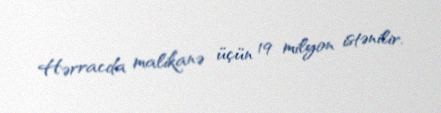
Hərracda malikanə üçün 19 milyon istənilir.